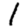
Digit: 1